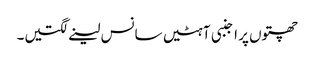
چھتوں پر اجنبی آہٹیں سانس لینے لگتیں۔